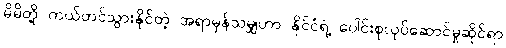
မိမိတို့ ကယ်တင်သွားနိုင်တဲ့ အရာမှန်သမျှဟာ နိုင်ငံရဲ့ ပေါင်းစုလုပ်ဆောင်မှုဆိုင်ရာ